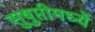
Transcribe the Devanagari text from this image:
सुषुप्तीमध्यें